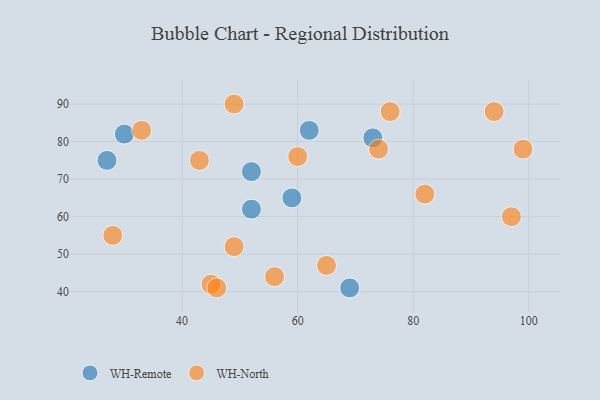
{"axis": {"x": "GDP", "y": "Life Expectancy"}, "legend": ["WH-North", "WH-Remote"], "data": [{"x": "59", "y": 65, "type": "WH-Remote"}, {"x": "27", "y": 75, "type": "WH-Remote"}, {"x": "30", "y": 82, "type": "WH-Remote"}, {"x": "52", "y": 62, "type": "WH-Remote"}, {"x": "69", "y": 41, "type": "WH-Remote"}, {"x": "73", "y": 81, "type": "WH-Remote"}, {"x": "62", "y": 83, "type": "WH-Remote"}, {"x": "52", "y": 72, "type": "WH-Remote"}, {"x": "60", "y": 76, "type": "WH-North"}, {"x": "74", "y": 78, "type": "WH-North"}, {"x": "56", "y": 44, "type": "WH-North"}, {"x": "97", "y": 60, "type": "WH-North"}, {"x": "82", "y": 66, "type": "WH-North"}, {"x": "45", "y": 42, "type": "WH-North"}, {"x": "65", "y": 47, "type": "WH-North"}, {"x": "76", "y": 88, "type": "WH-North"}, {"x": "94", "y": 88, "type": "WH-North"}, {"x": "49", "y": 90, "type": "WH-North"}, {"x": "46", "y": 41, "type": "WH-North"}, {"x": "28", "y": 55, "type": "WH-North"}, {"x": "49", "y": 52, "type": "WH-North"}, {"x": "99", "y": 78, "type": "WH-North"}, {"x": "33", "y": 83, "type": "WH-North"}, {"x": "43", "y": 75, "type": "WH-North"}]}